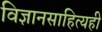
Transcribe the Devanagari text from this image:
विज्ञानसाहित्यही